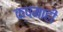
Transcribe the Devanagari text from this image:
क्षमाही